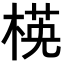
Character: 𣕺